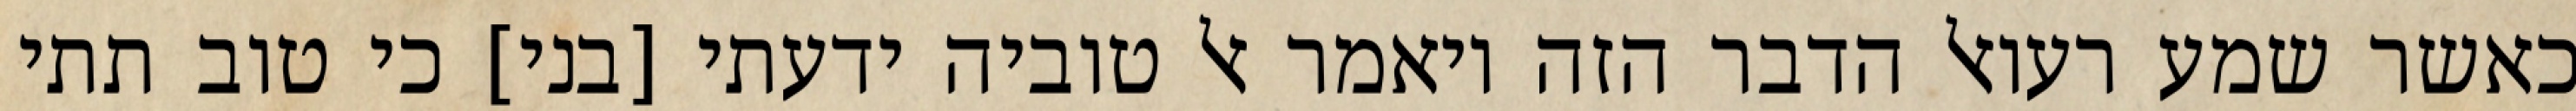
כאשר שמע רעואל הדבר הזה ויאמר אל טוביה ידעתי [בני] כי טוב תתי